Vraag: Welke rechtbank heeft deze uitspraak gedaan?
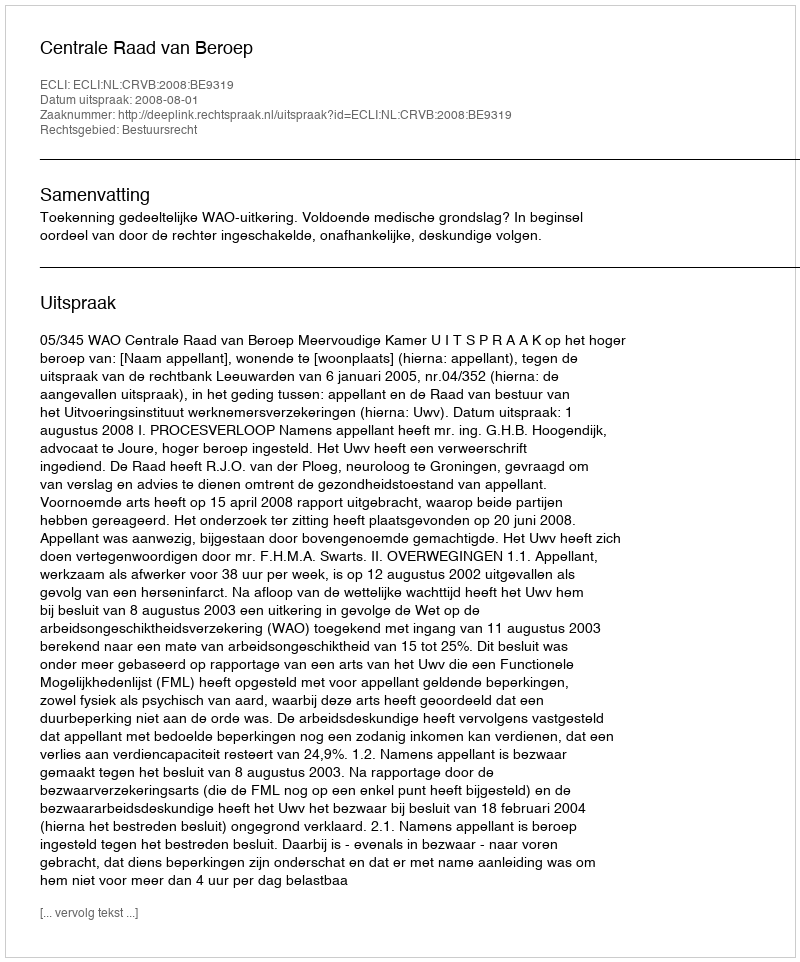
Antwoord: Centrale Raad van Beroep